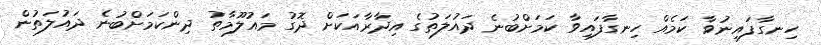
ހިނގާފައިނުވާ ކަމެއް ހިނގާފައިވާ ކަމަށްބުނެ ދައުލަތުގެ އިދާރާއަކަށް ދޮގު މައުލޫމާތު ދިންކަމަށްބުނެ ދައުލަތުން